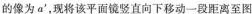
的像为a',现将该平面镜竖直向下移动一段距离至图